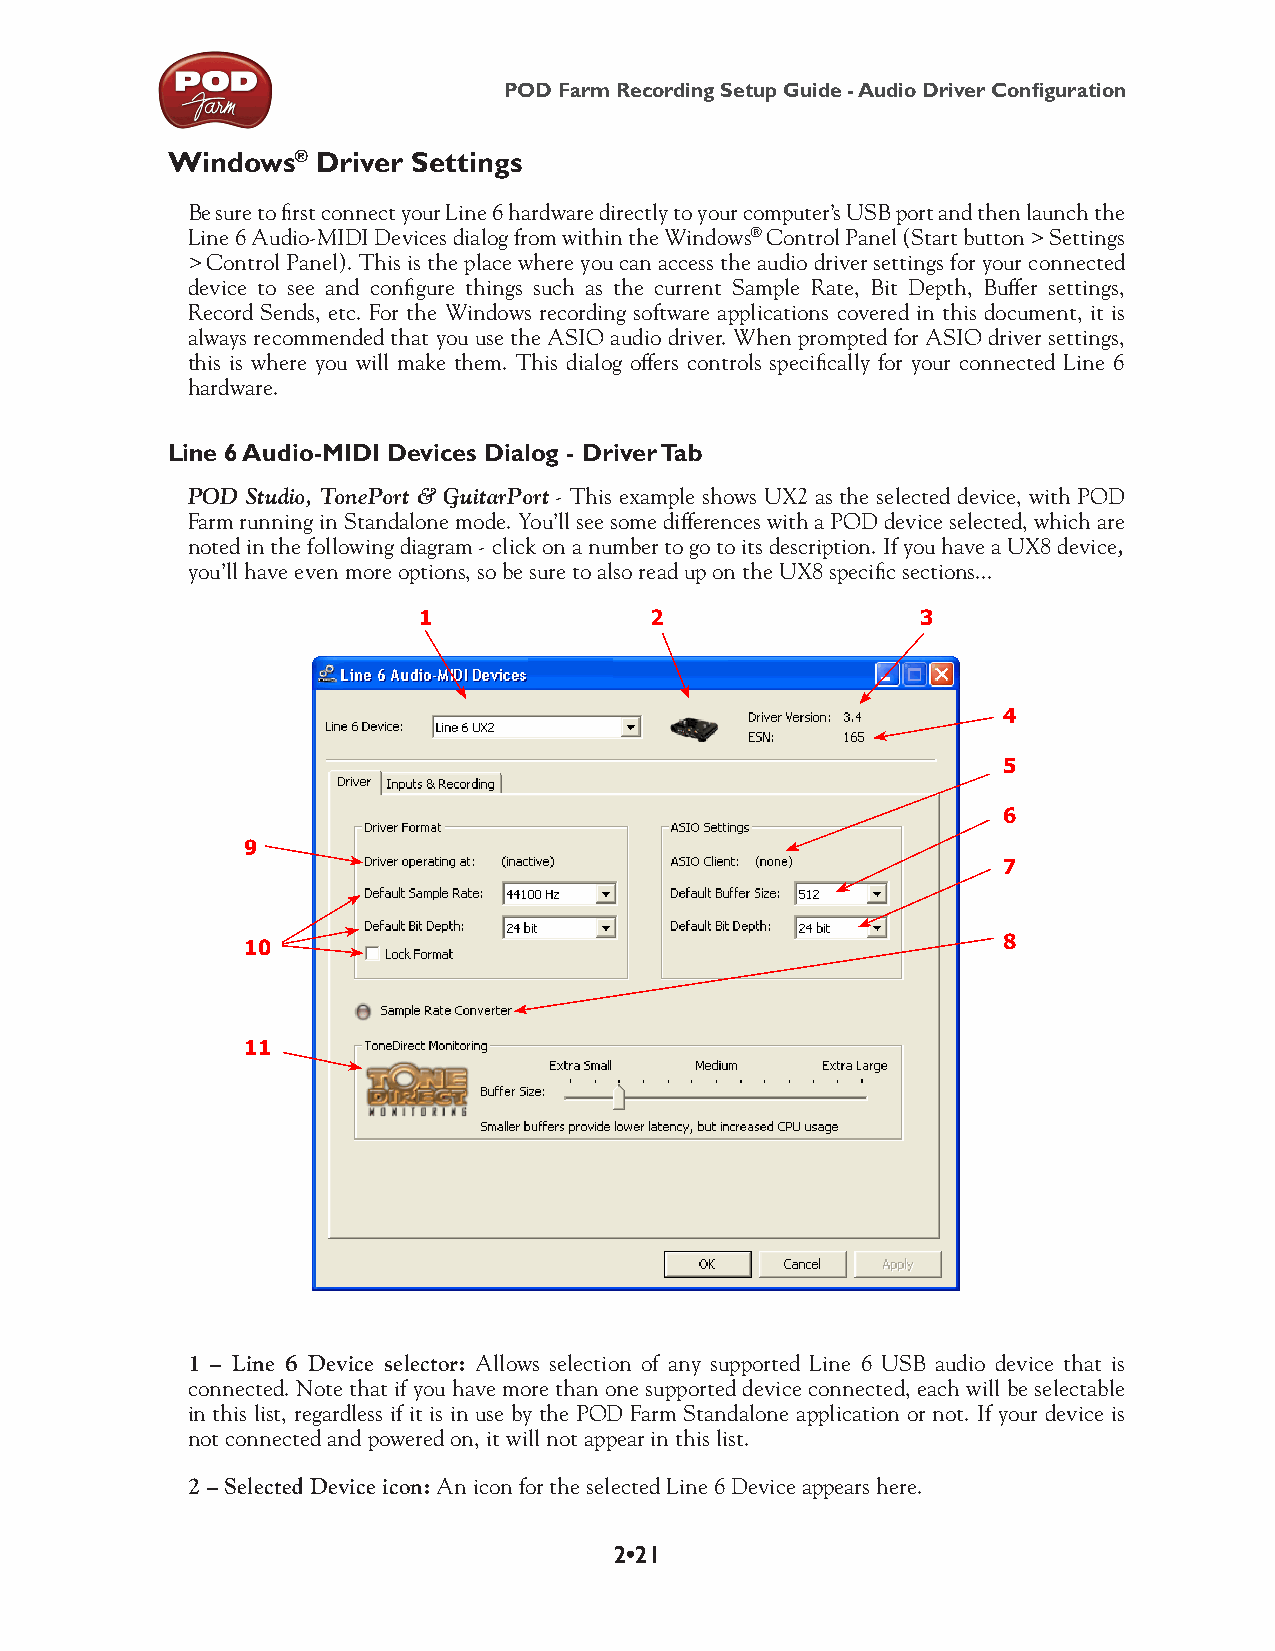
POD Farm Recording Setup Guide - Audio Driver Configuration
 Windows®  Driver Settings
 Be sure to first connect your Line 6 hardware directly to your computer’s USB port and then launch the
 Line 6 Audio-MIDI Devices dialog from within the Windows® Control Panel (Start button > Settings
 > Control Panel). This is the place where you can access the audio driver settings for your connected
 device to see and configure things such as the current Sample Rate, Bit Depth, Buffer settings,
 Record Sends, etc. For the Windows recording software applications covered in this document, it is
 always recommended that you use the ASIO audio driver. When prompted for ASIO driver settings,
 this is where you will make them. This dialog offers controls specifically for your connected Line 6
 hardware.
 Line 6 Audio-MIDI Devices Dialog - Driver Tab
 POD Studio, TonePort & GuitarPort - This example shows UX2 as the selected device, with POD
 Farm running in Standalone mode. You’ll see some differences with a POD device selected, which are
 noted in the following diagram - click on a number to go to its description. If you have a UX8 device,
 you’ll have even more options, so be sure to also read up on the UX8 specific sections...
 1              2                 3
 4
 5
 6
 9
 7
 10                                                8
 11
 1 – Line 6 Device selector: Allows selection of any supported Line 6 USB audio device that is
 connected. Note that if you have more than one supported device connected, each will be selectable
 in this list, regardless if it is in use by the POD Farm Standalone application or not. If your device is
 not connected and powered on, it will not appear in this list.
 2 – Selected Device icon: An icon for the selected Line 6 Device appears here.
 2•21